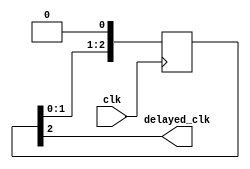

module ClockPhasing (
    input wire clk, // Input clock signal
    output wire delayed_clk // Delayed clock signal
);

    // Define the delay in terms of clock cycles
    parameter DELAY = 3; // Delay of 3 clock cycles

    // Internal signal to hold the delayed clock
    reg [DELAY-1:0] clk_delay_reg;

    // Delay the clock signal
    always @(posedge clk) begin
        clk_delay_reg <= {clk_delay_reg[DELAY-2:0], 1'b0}; // Shift the register and insert a 0 at the end
    end

    // Output the delayed clock signal
    assign delayed_clk = clk_delay_reg[DELAY-1];

endmodule